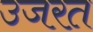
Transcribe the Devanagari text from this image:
उजरत